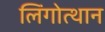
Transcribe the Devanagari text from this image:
लिंगोत्थान